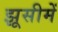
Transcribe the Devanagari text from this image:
झूसीमें